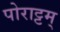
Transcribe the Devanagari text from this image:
पोराट्टम्